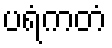
ပရံကတံ